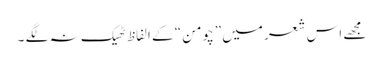
مجھے اس شعر میں ”چومن “ کے الفاظ ٹھیک نہ لگے ۔